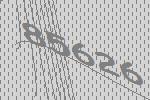
85626